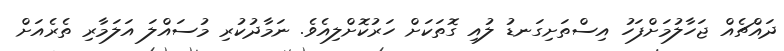
ދައްޗެއް ޖަހާލުމަށްފަހު އިސްތަށިގަނޑު ލުއި ގޮތަކަށް ހަރުކޮށްލިއެވެ. ނަމާދުކުރި މުސައްލަ އަލަމާރި ތެރެއަށް